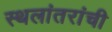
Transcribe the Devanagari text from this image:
स्थलांतरांची